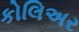
કોલિઅર